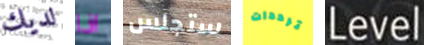
لديك اذا ستجلس ترددات Level